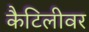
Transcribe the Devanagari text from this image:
कैटिलीवर